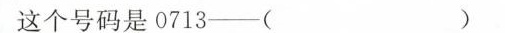
这个号码是0713──( )